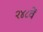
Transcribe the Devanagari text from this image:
२४८वें